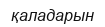
қаладарын